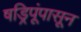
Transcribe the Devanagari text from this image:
षड्रिपूंपासून